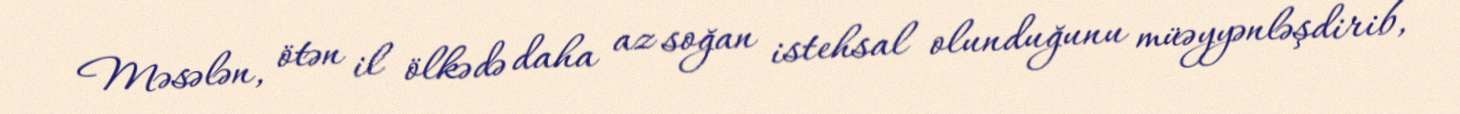
Məsələn, ötən il ölkədə daha az soğan istehsal olunduğunu müəyyənləşdirib,